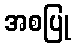
အစပြု